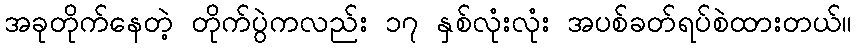
အခုတိုက်နေတဲ့ တိုက်ပွဲကလည်း ၁၇ နှစ်လုံးလုံး အပစ်ခတ်ရပ်စဲထားတယ်။